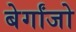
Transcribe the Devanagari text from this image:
बेर्गांजो